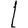
Digit: 1